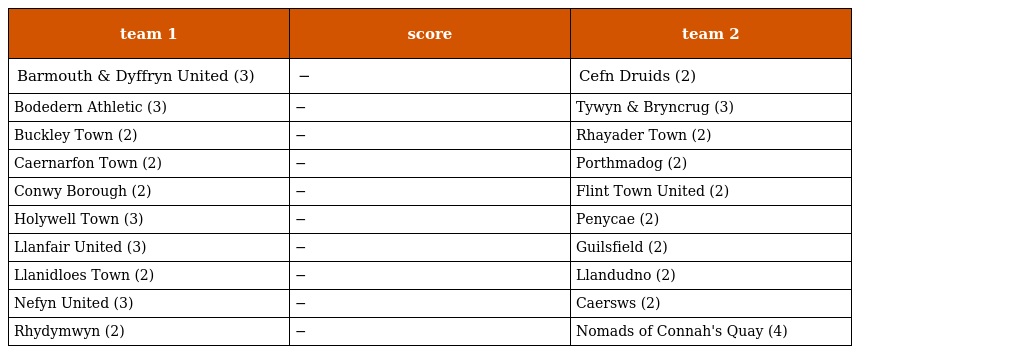
| team 1 | score | team 2 |
 | --- | --- | --- |
 | Barmouth & Dyffryn United (3) | − | Cefn Druids (2) |
 | Bodedern Athletic (3) | − | Tywyn & Bryncrug (3) |
 | Buckley Town (2) | − | Rhayader Town (2) |
 | Caernarfon Town (2) | − | Porthmadog (2) |
 | Conwy Borough (2) | − | Flint Town United (2) |
 | Holywell Town (3) | − | Penycae (2) |
 | Llanfair United (3) | − | Guilsfield (2) |
 | Llanidloes Town (2) | − | Llandudno (2) |
 | Nefyn United (3) | − | Caersws (2) |
 | Rhydymwyn (2) | − | Nomads of Connah's Quay (4) |